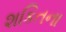
શકિતના